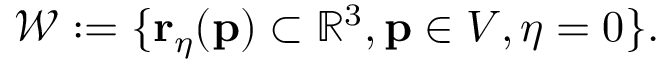
\begin{array} { r } { \mathcal { W } : = \{ \mathbf { r } _ { \eta } ( \mathbf { p } ) \subset \mathbb { R } ^ { 3 } , \mathbf { p } \in V , \eta = 0 \} . } \end{array}